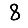
Digit: 8